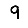
Digit: 9